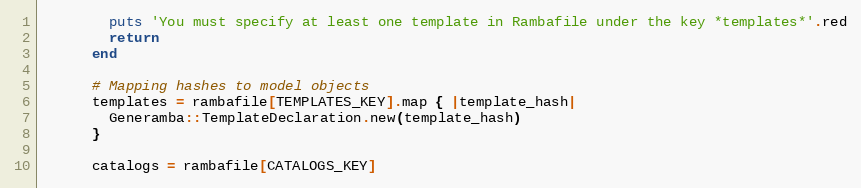
Language: Ruby
        puts 'You must specify at least one template in Rambafile under the key *templates*'.red
        return
      end

      # Mapping hashes to model objects
      templates = rambafile[TEMPLATES_KEY].map { |template_hash|
        Generamba::TemplateDeclaration.new(template_hash)
      }

      catalogs = rambafile[CATALOGS_KEY]